Indian journal of veterinary science and animal husbandry - Volume 14,
Year: 1944
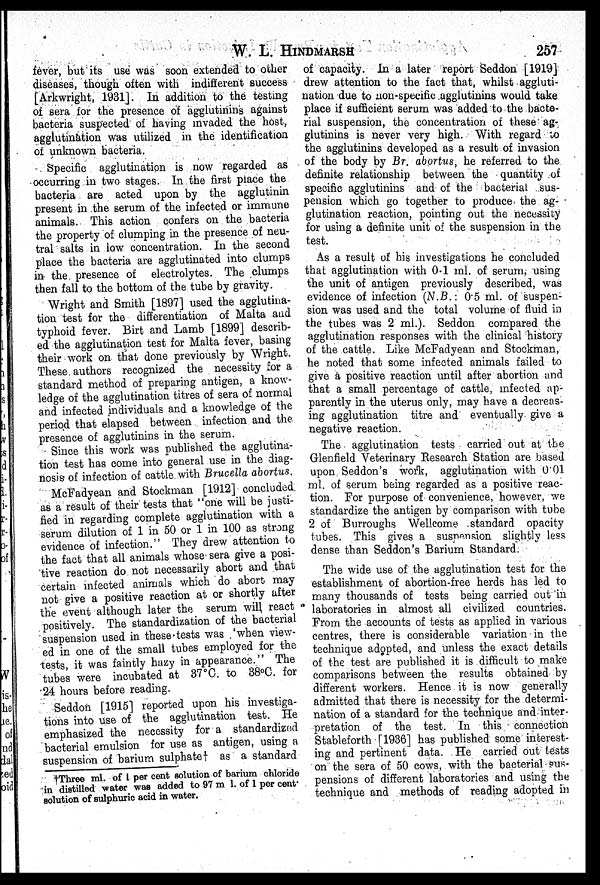
W. L. HINDMARSH
257
fever, but its use was soon extended to other
diseases, though often with indifferent success
[Arkwright, 1931]. In addition to the testing
of sera for the presence of agglutinins against
bacteria suspected of having invaded the host,
agglutination was utilized in the identification
of unknown bacteria.
Specific agglutination is now regarded as
occurring in two stages. In the first place the
bacteria are acted upon by the agglutinin
present in the serum of the infected or immune
animals. This action confers on the bacteria
the property of clumping in the presence of neu-
tral salts in low concentration. In the second
place the bacteria are agglutinated into clumps
in the presence of electrolytes. The clumps
then fall to the bottom of the tube by gravity.
Wright and Smith [1897] used the agglutina-
tion test for the differentiation of Malta and
typhoid fever. Birt and Lamb [1899] describ-
ed the agglutination test for Malta fever, basing
their work on that done previously by Wright.
These authors recognized the necessity for a
standard method of preparing antigen, a know-
ledge of the agglutination titres of sera of normal
and infected individuals and a knowledge of the
period that elapsed between infection and the
presence of agglutinins in the serum.
Since this work was published the agglutina-
tion test has come into general use in the diag-
nosis of infection of cattle with Brucella abortus.
McFadyean and Stockman [1912] concluded
as a result of their tests that "one will be justi-
fied in regarding complete agglutination with a
serum dilution of 1 in 50 or 1 in 100 as strong
evidence of infection." They drew attention to
the fact that all animals whose sera give a posi-
tive reaction do not necessarily abort and that
certain infected animals which do abort may
not give a positive reaction at or shortly after
the event although later the serum will react
positively. The standardization of the bacterial
suspension used in these tests was 'when view-
ed in one of the small tubes employed for the
tests, it was faintly hazy in appearance." The
tubes were incubated at 37°C. to 38°C. for
24 hours before reading.
Seddon [1915] reported upon his investiga-
tions into use of the agglutination test. He
emphasized the necessity for a standardized
bacterial emulsion for use as antigen, using a
suspension of barium sulphate† as a standard
of capacity. In a later report Seddon [1919]
drew attention to the fact that, whilst aggluti-
nation due to non-specific agglutinins would take
place if sufficient serum was added to the bacte-
rial suspension, the concentration of these ag-
glutinins is never very high. With regard to
the agglutinins developed as a result of invasion
of the body by Br. abortus, he referred to the
definite relationship between the quantity of
specific agglutinins and of the bacterial sus-
pension which go together to produce the ag-
glutination reaction, pointing out the necessity
for using a definite unit of the suspension in the
test.
As a result of his investigations he concluded
that agglutination with 0.1 ml. of serum, using
the unit of antigen previously described, was
evidence of infection (N.B.: 0.5 ml. of suspen-
sion was used and the total volume of fluid in
the tubes was 2 ml.). Seddon compared the
agglutination responses with the clinical history
of the cattle. Like McFadyean and Stockman,
he noted that some infected animals failed to
give a positive reaction until after abortion and
that a small percentage of cattle, infected ap-
parently in the uterus only, may have a decreas-
ing agglutination titre and eventually give a
negative reaction.
The agglutination tests carried out at the
Glenfield Veterinary Research Station are based
upon Seddon's work, agglutination with 0.01
ml. of serum being regarded as a positive reac-
tion. For purpose of convenience, however, we
standardize the antigen by comparison with tube
2 of Burroughs Wellcome standard opacity
tubes. This gives a suspension slightly less
dense than Seddon's Barium Standard.
The wide use of the agglutination test for the
establishment of abortion-free herds has led to
many thousands of tests being carried out in
laboratories in almost all civilized countries.
From the accounts of tests as applied in various
centres, there is considerable variation in the
technique adopted, and unless the exact details
of the test are published it is difficult to make
comparisons between the results obtained by
different workers. Hence it is now generally
admitted that there is necessity for the determi-
nation of a standard for the technique and inter-
pretation of the test. In this connection
Stableforth [1936] has published some interest-
ing and pertinent data. He carried out tests
on the sera of 50 cows, with the bacterial sus-
pensions of different laboratories and using the
technique and methods of reading adopted in
†Three ml. of 1 per cent solution of barium chloride
in distilled water was added to 97 m 1. of 1 per cent.
solution of sulphuric acid in water.